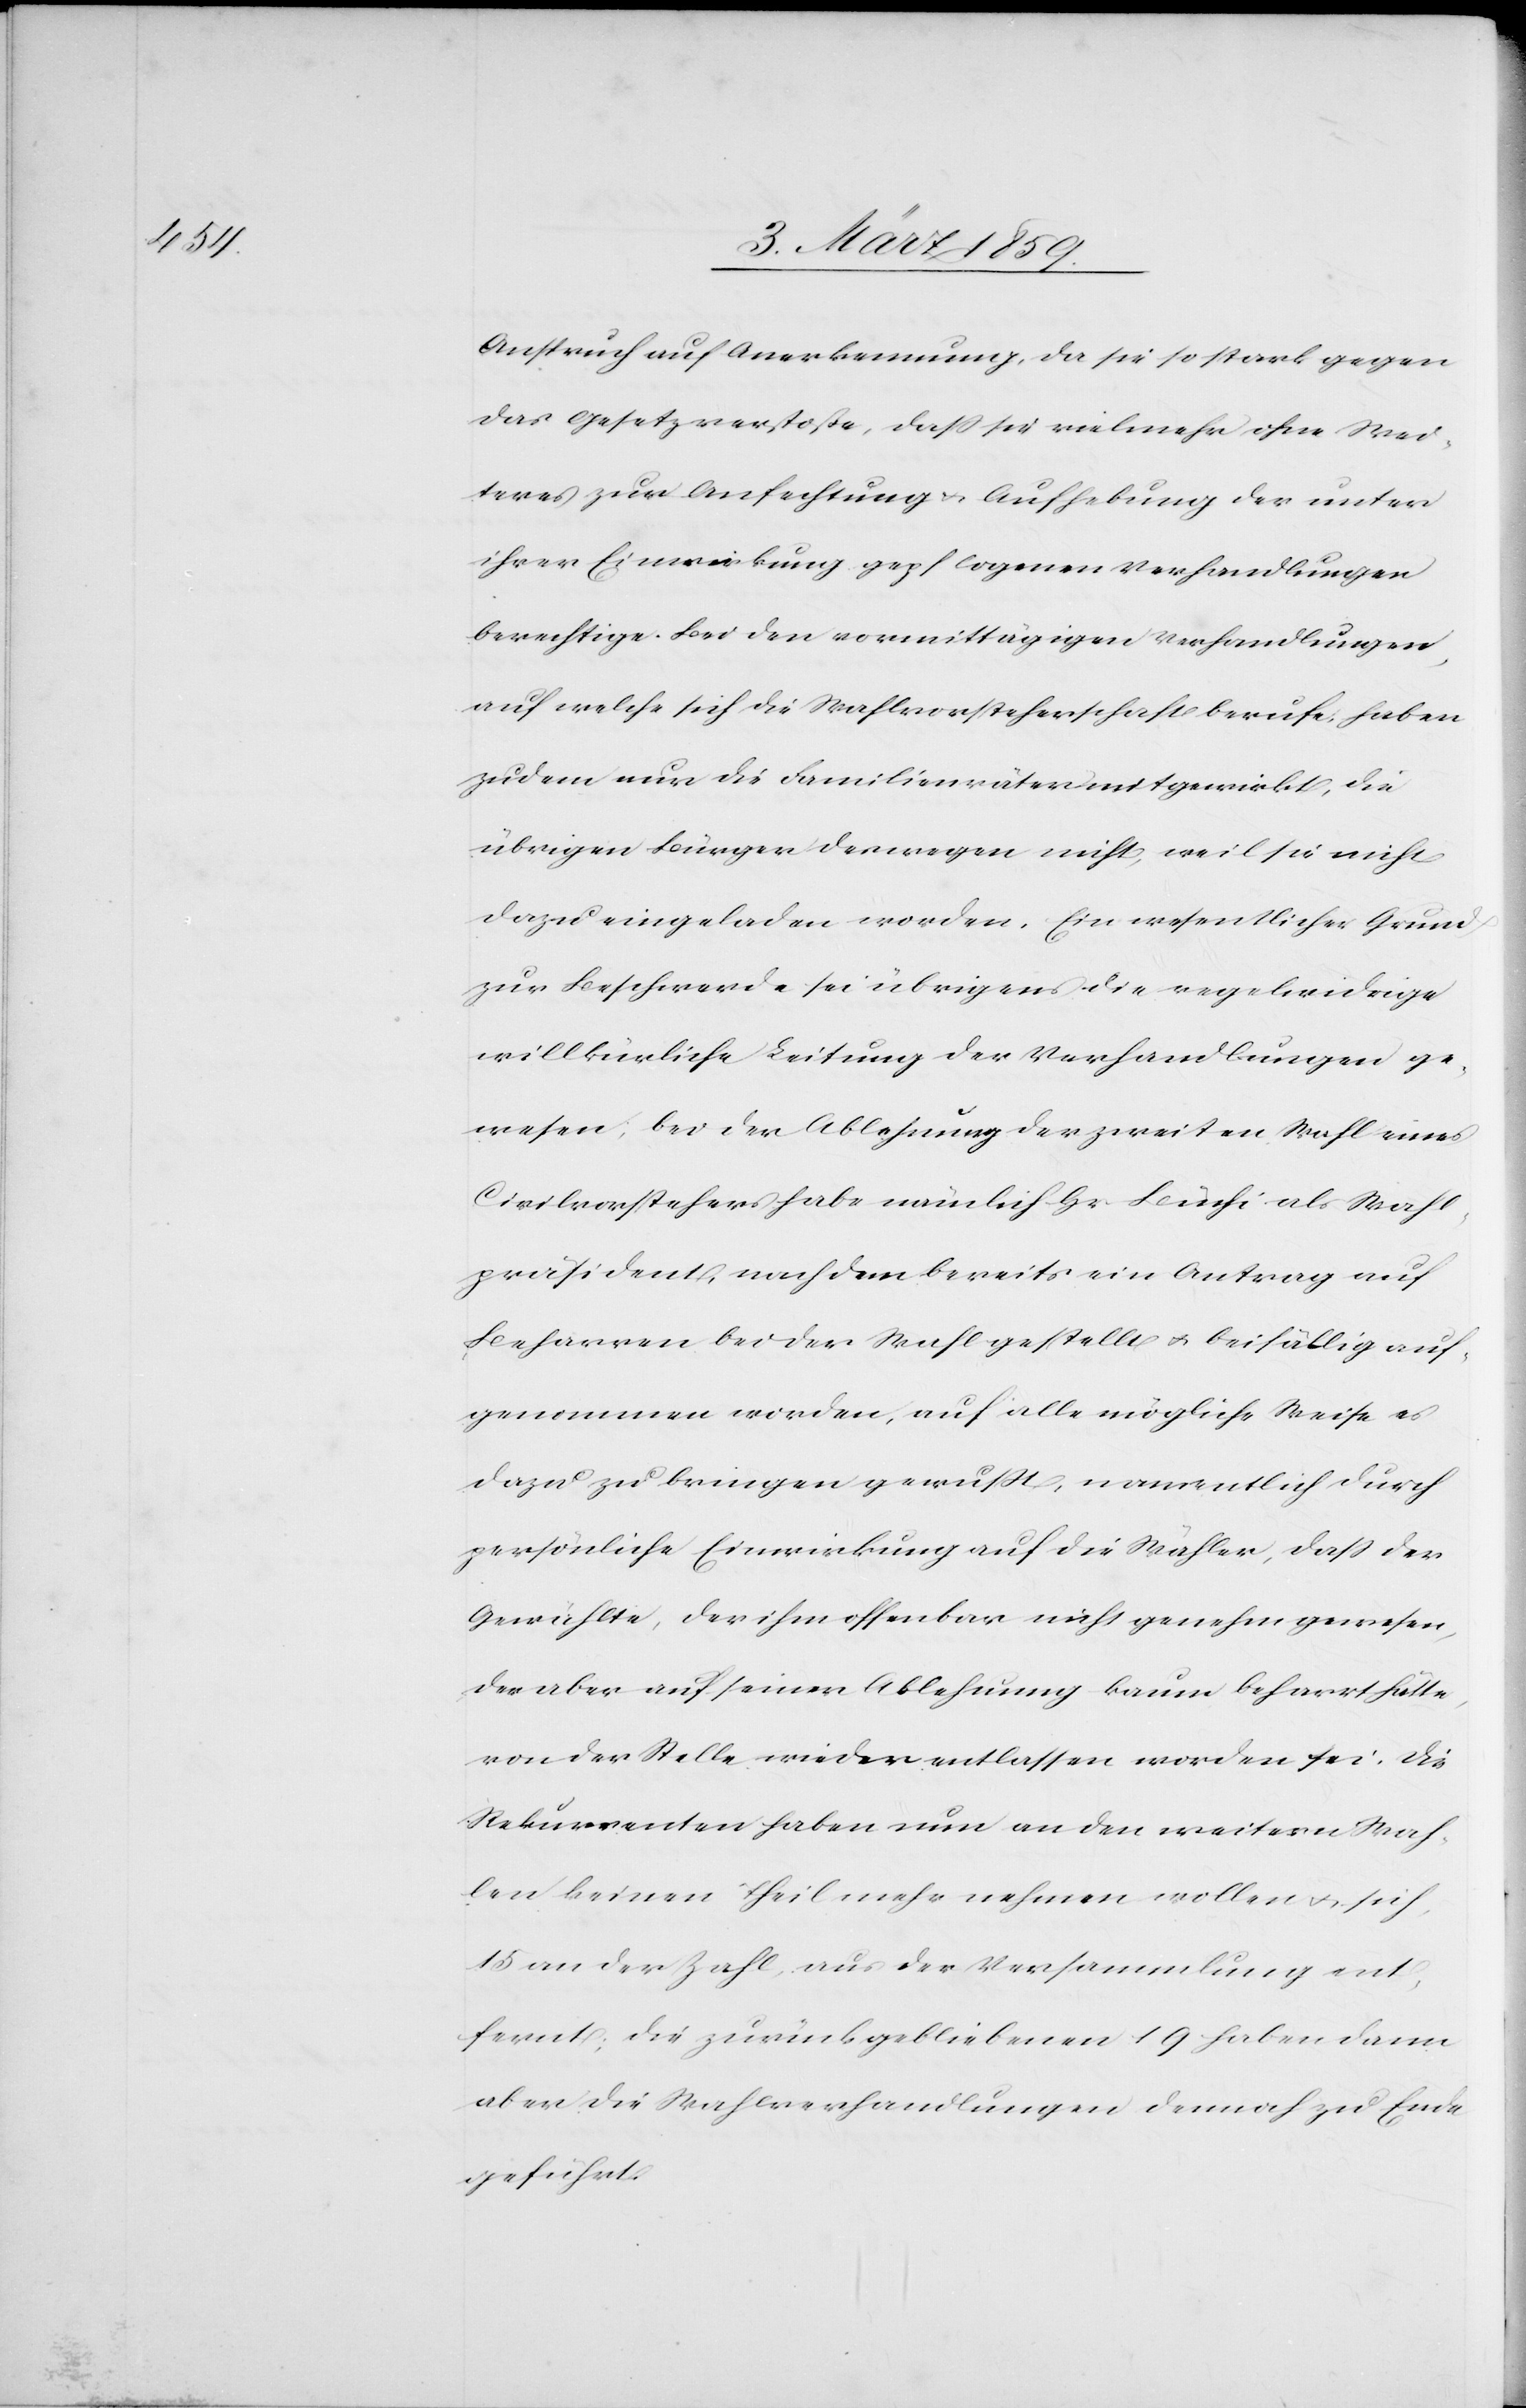
Anspruch auf Anerkennung, da sie so stark gegen
das Gesetz verstoße, daß sie vielmehr ohne Wei¬
teres zur Anfechtung u. Aufhebung der unter
ihrer Einwirkung gepflogenen Verhandlungen
berechtige. Bei den vormittägigen Verhandlungen,
auf welche sich die Wahlvorsteherschaft berufe, haben
zudem nur die Familienväter mitgewirkt, die
übrigen Bürger deswegen nicht, weil sie nicht
dazu eingeladen worden. Ein wesentlicher Grund
zur Beschwerde sei übrigens die regelwidrige
willkürliche Leitung der Verhandlungen ge¬
wesen; bei der Ablehnung der zweiten Wahl eines
Civilvorstehers habe nämlich Hr. Büchi als Wahl¬
präsident, nachdem bereits ein Antrag auf
Beharren bei der Wahl gestellt u. beifällig auf¬
genommenen worden, auf alle mögliche Weise es
dazu zu bringen gewußt, namentlich durch
persönliche Einwirkung auf die Wähler, daß der
Gewählte, der ihm offenbar nicht genehm gewesen,
der aber auf seiner Ablehnung kaum beharrt hätte,
von der Stelle wieder entlassen worden sei. Die
Rekurrenten haben nun an den weitern Wah¬
len keinen Theil mehr nehmen wollen u. sich,
15 an der Zahl, aus der Versammlung ent¬
fernt; die zurückgebliebenen 19 haben dann
aber die Wahlverhandlungen dennoch zu Ende
geführt.